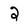
Character: 2